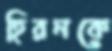
হিরনকে